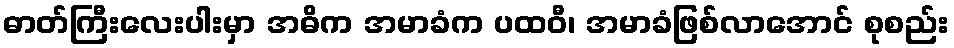
ဓာတ်ကြီးလေးပါးမှာ အဓိက အမာခံက ပထဝီ၊ အမာခံဖြစ်လာအောင် စုစည်း